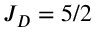
J _ { D } = 5 / 2